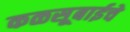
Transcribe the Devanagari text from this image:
कळसूबाईचे